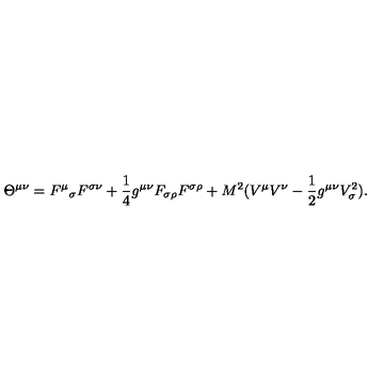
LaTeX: \Theta ^ { \mu \nu } = { F ^ { \mu } } _ { \sigma } F ^ { \sigma \nu } + { \frac { 1 } { 4 } } g ^ { \mu \nu } F _ { \sigma \rho } F ^ { \sigma \rho } + M ^ { 2 } ( V ^ { \mu } V ^ { \nu } - { \frac { 1 } { 2 } } g ^ { \mu \nu } V _ { \sigma } ^ { 2 } ) .